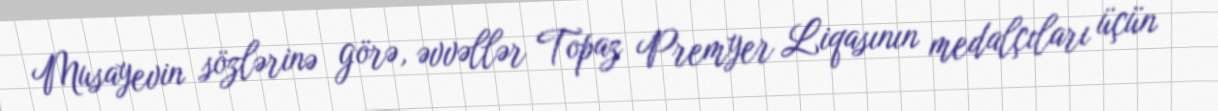
Musayevin sözlərinə görə, əvvəllər Topaz Premyer Liqasının medalçıları üçün